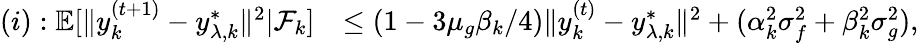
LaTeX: \begin{array}{rl}{(i):\mathbb{E}[\| y_{k}^{(t+1)}-y_{\lambda,k}^{*}\| ^{2}|\mathcal{F}_{k}]}&{\le(1-3\mu_{g}\beta_{k}/4)\| y_{k}^{(t)}-y_{\lambda,k}^{*}\| ^{2}+(\alpha_{k}^{2}\sigma_{f}^{2}+\beta_{k}^{2}\sigma_{g}^{2}),}\end{array}